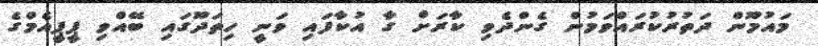
މައުމޫން ދަތުރުކުރައްވަމުން ގެންދެވި ކާރަށް ގާ އުކާފައި ވަނީ ހިތަދޫގައި ބޭއްވި ޕީޕީއެމްގެ